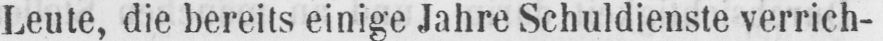
Leute, die bereits einige Jahre Schuldienste verrich-